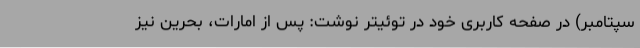
سپتامبر) در صفحه کاربری خود در توئیتر نوشت: پس از امارات، بحرین نیز